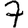
Digit: 7